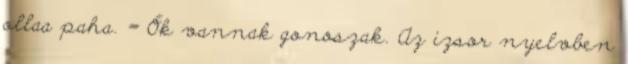
ollaa paha. = Ők vannak gonoszak. Az izsor nyelvben